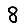
Digit: 8